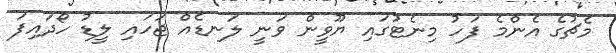
މެޗުގެ އެންމެ ފަހު މިނެޓުގައި ޔޫވީން ވަނީ ލަނޑެއް ޖަހައި ލީޑު ހޯދައިފަ